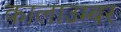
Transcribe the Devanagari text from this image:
कालाउम्बर